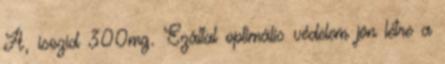
A, isozid 300mg. Ezáltal optimális védelem jön létre a